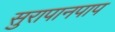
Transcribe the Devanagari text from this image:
सुरापानपाप